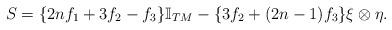
LaTeX: \begin{align*}S=\{2nf_1+3f_2-f_3\}\mathbb I_{TM}-\{3f_2+(2n-1)f_3\} \xi\otimes \eta.\end{align*}